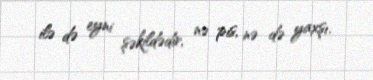
ilə də eyni şəkildədir, nə pis, nə də yaxşı.